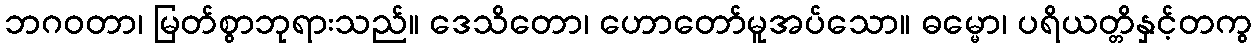
ဘဂဝတာ၊ မြတ်စွာဘုရားသည်။ ဒေသိတော၊ ဟောတော်မူအပ်သော။ ဓမ္မော၊ ပရိယတ္တိနှင့်တကွ